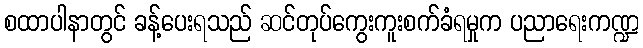
စထာပါနာတွင် ခန့်ပေးရသည် ဆင်တုပ်ကွေးကူးစက်ခံရမှုက ပညာရေးကဏ္ဍ